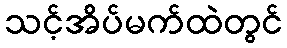
သင့်အိပ်မက်ထဲတွင်